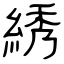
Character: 綉